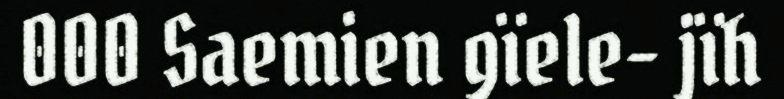
000 Saemien gïele- jïh